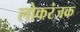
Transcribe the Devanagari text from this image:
लोकरंजक